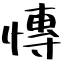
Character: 慱